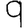
Digit: 9